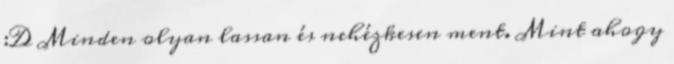
:D Minden olyan lassan és nehézkesen ment. Mint ahogy